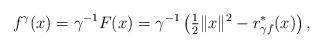
LaTeX: \begin{align*}f^{\gamma}(x)=\gamma^{-1}F(x)=\gamma^{-1}\left(\tfrac{1}{2}\|x\|^2-r_{\gamma f}^{*}(x)\right),\end{align*}